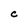
Character: C